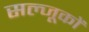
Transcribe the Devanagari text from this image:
सल्जूकों